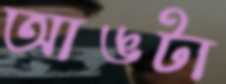
আঙটা